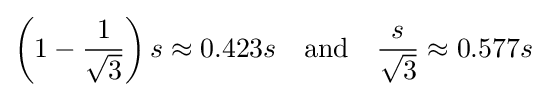
\displaystyle \left(1-{\frac {1}{\sqrt {3}}}\right)s\approx 0.423s\quad {\text{and}}\quad \displaystyle {\frac {s}{\sqrt {3}}}\approx 0.577s